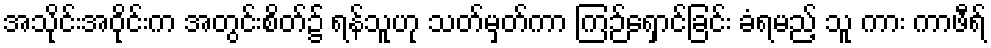
အသိုင်းအဝိုင်းက အတွင်းစိတ်၌ ရန်သူဟု သတ်မှတ်ကာ ကြဉ်ရှောင်ခြင်း ခံရမည့် သူ ကား ကာဖီရ်